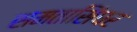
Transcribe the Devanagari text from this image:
समतासिंघर